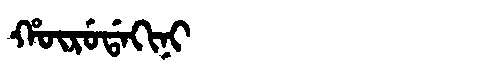
Manchu: ᡥᡡᡵᡠᡩᠠᡴᡳᠨᡳ
Romanization: HŪRUDAKINI